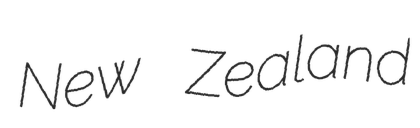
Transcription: New Zealand